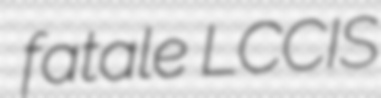
fatale LCCIS